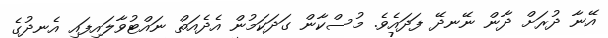
އޭނާ ދުރަށް ދާން ނޭނދޭ ފަދައެވެ. މުސްކާން ގަދަކަމުން އެދެއަތް ނައްޓުވާލައިފައި އެނދުގެ